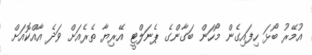
އުމޭރު ބޯޅަ ހިފައިގެން މޯހަން ބަގާންގެ ޕެނަލްޓީ އޭރިޔާ ތެރެއަށް ވަދެ އާއްކޮއަށް